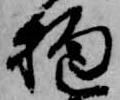
抱